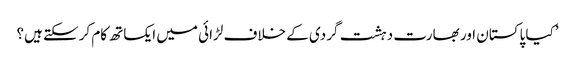
’کیا پاکستان اور بھارت دہشت گردی کے خلاف لڑائی میں ایکساتھ کام کرسکتے ہیں؟